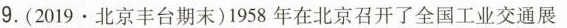
9.(2019.北京丰台期末)1958年在北京召开了全国工业交通展